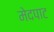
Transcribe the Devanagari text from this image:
मेदपाट